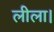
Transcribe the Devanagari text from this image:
लीला।